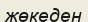
жөкеден